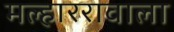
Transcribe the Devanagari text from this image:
मल्हाररावाला